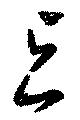
与